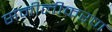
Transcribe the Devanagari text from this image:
संमीलीकरण